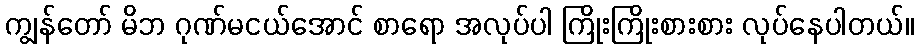
ကျွန်တော် မိဘ ဂုဏ်မငယ်အောင် စာရော အလုပ်ပါ ကြိုးကြိုးစားစား လုပ်နေပါတယ်။